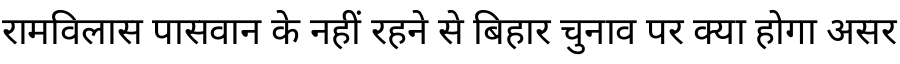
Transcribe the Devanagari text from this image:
रामविलास पासवान के नहीं रहने से बिहार चुनाव पर क्या होगा असर